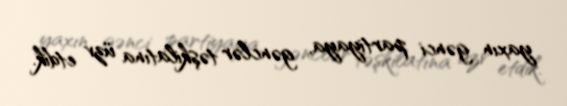
yaxın gənci partiyaya, gənclər təşkilatına üzv etdik.